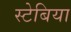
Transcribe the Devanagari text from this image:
स्टेबिया